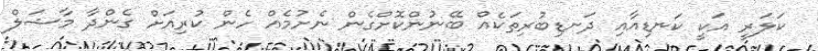
ކަލަރީ އަކީ ކަނޑިއާއި ދަނޑިބުރިތަކެއް ބޭނުންކޮށްގެން ނެށުމެއް ހެން ކުރިއަށް ގެންދާ މާޝަލް